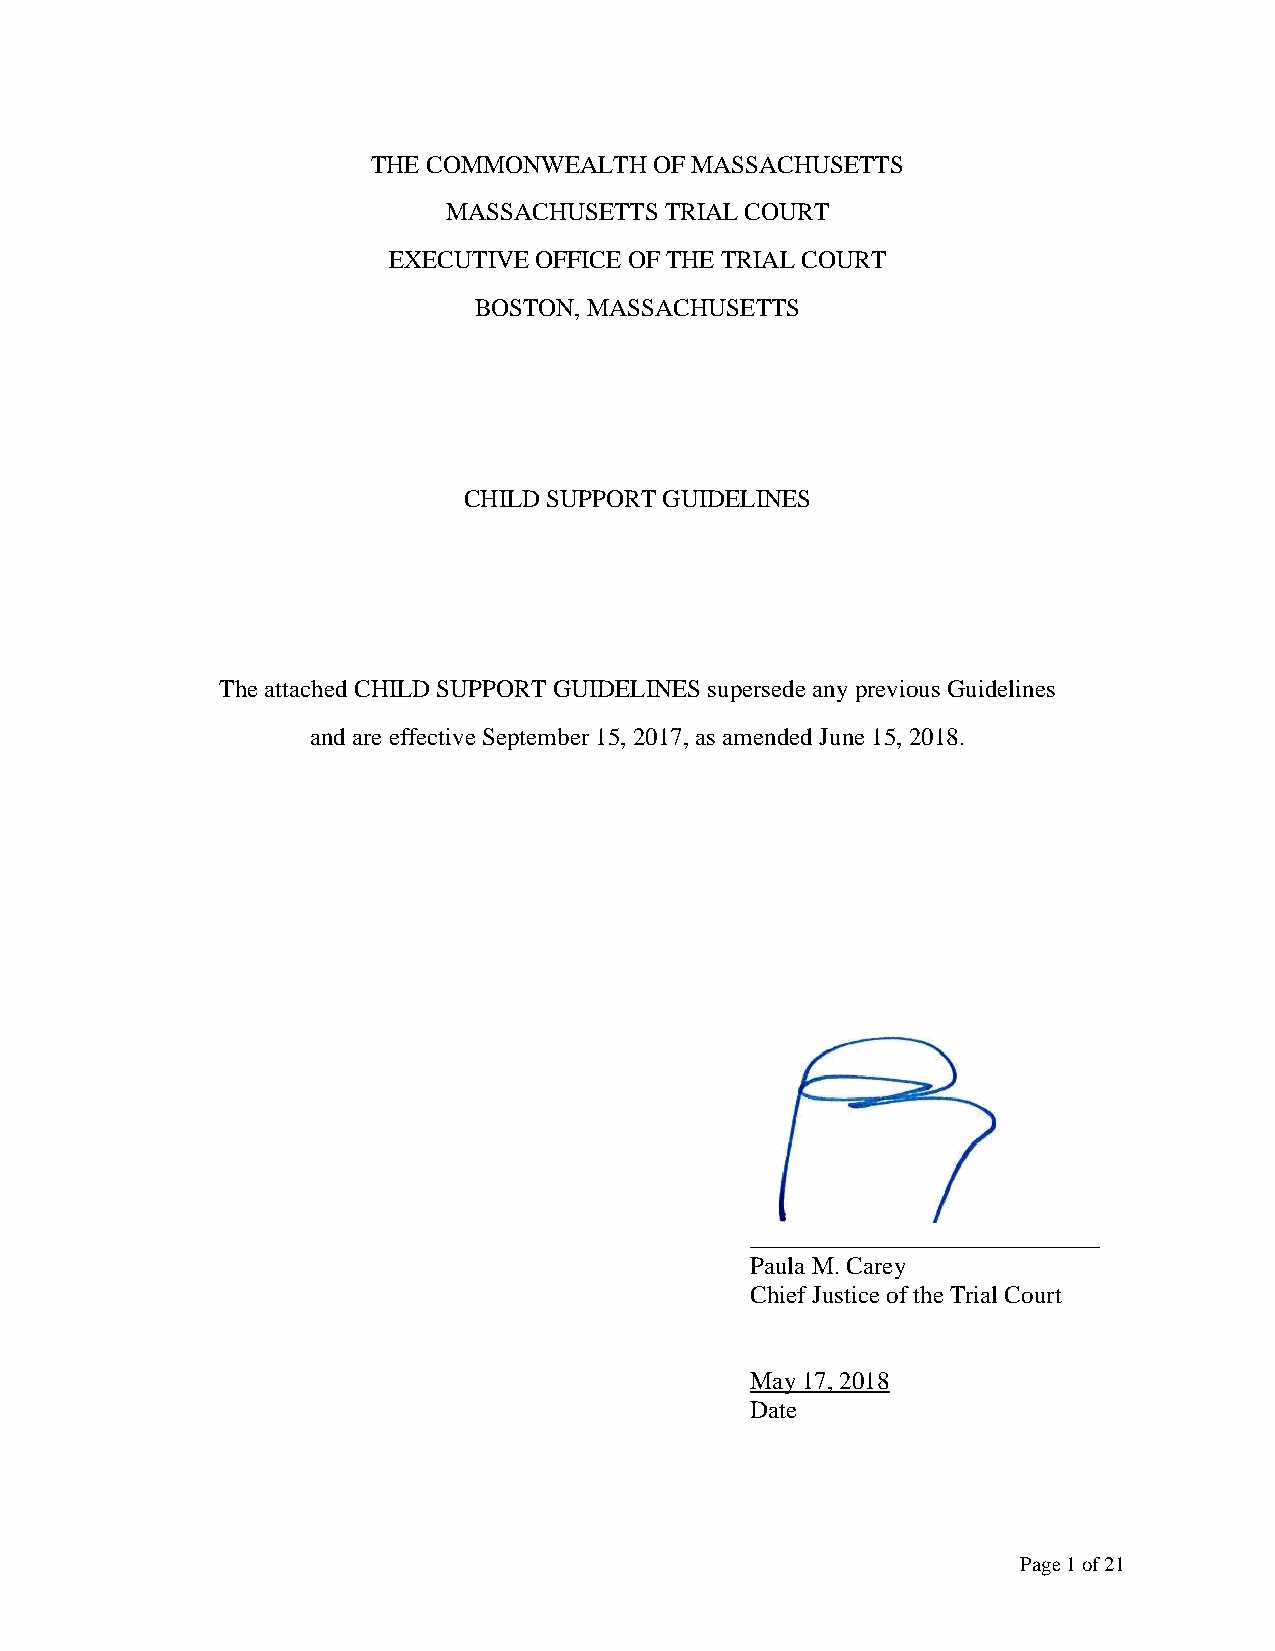
THE COMMONWEALTH  OF MASSACHUSETTS
 MASSACHUSETTS TRIAL COURT
 EXECUTIVE OFFICE OF THE TRIAL COURT
 BOSTON, MASSACHUSETTS
 CHILD SUPPORT GUIDELINES
 The attached CHILD SUPPORT GUIDELINES supersede any previous Guidelines
 and are effective September 15, 2017, as amended June 15, 2018.
 ____________________________
 Paula M. Carey
 Chief Justice of the Trial Court
 May 17, 2018
 Date
 Page 1 of 21